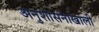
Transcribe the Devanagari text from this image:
अनुशासनाखाली